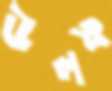
উলফ